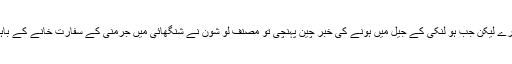
[11] ہو لنکی نے جیل میں تین مہینے گزارے لیکن جب ہو لنکی کے جیل میں ہونے کی خبر چین پہنچی تو مصنف لو شون نے شنگھائی میں جرمنی کے سفارت خانے کے باہر احتجاج کیا کہ ہو لنکی کو رہا کیا جائے۔